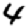
Digit: 4